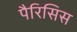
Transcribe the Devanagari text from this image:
पैरिसिस